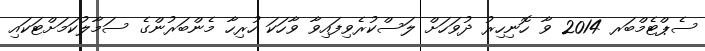
ސެޕްޓެމްބަރ 2014 ވާ ހޮނިހިރު ދުވަހަށް ލަސްކުރެވިފައިވާ ވާހަކަ ހުރިހާ މެންބަރުންގެ ސަމާލުކަމަށްޓަކައި